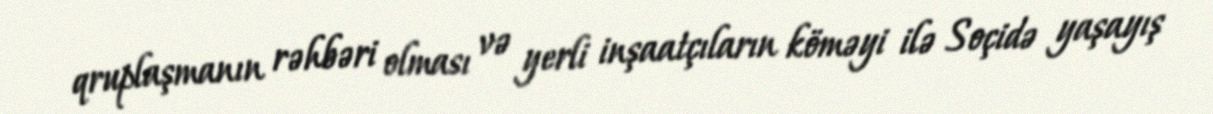
qruplaşmanın rəhbəri olması və yerli inşaatçıların köməyi ilə Soçidə yaşayış